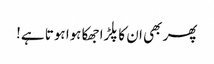
پھر بھی ان کا پلڑا جھکا ہوا ہوتا ہے!